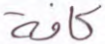
كافة